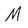
Character: M